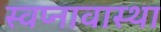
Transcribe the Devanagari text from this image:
स्वप्नावास्था